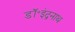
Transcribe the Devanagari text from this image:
डॉ॰इंद्रनाथ